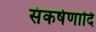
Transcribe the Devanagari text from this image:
संकर्षणादि